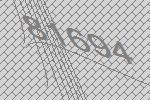
81694